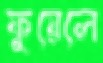
ফুয়েলে